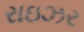
રાઇઝર